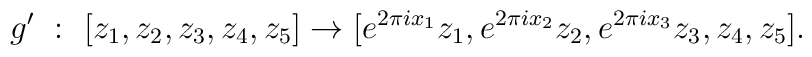
g^{\prime} \ : \ [z_{1}, z_{2}, z_{3},z_{4},z_{5} ] \rightarrow[ e^{2 \pi i x_{1}}{z_{1}},e^{2 \pi i x_{2}}{z_{2}},e^{2 \pi i x_{3}}{z_{3}},z_{4}, z_{5} ].